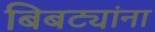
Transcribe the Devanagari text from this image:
बिबट्यांना